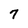
Character: 7